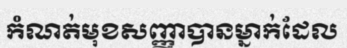
កំណត់មុខសញ្ញាបានម្នាក់ដែល